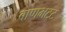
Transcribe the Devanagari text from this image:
बाणभटट